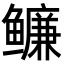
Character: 𬶶